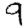
Digit: 9